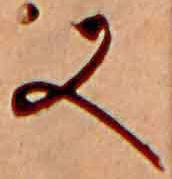
又